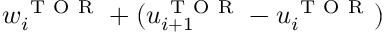
w _ { i } ^ { \mathrm { ~ T ~ O ~ R ~ } } + ( u _ { i + 1 } ^ { \mathrm { ~ T ~ O ~ R ~ } } - u _ { i } ^ { \mathrm { ~ T ~ O ~ R ~ } } )